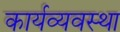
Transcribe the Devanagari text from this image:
कार्यव्यवस्था